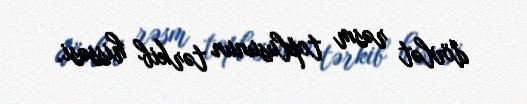
dövlət rəsm toplusunun tərkib hissəsi.